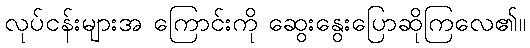
လုပ်ငန်းများအ ကြောင်းကို ဆွေးနွေးပြောဆိုကြလေ၏။